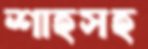
শাহসহ